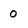
Character: 0